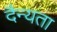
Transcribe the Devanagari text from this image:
दैन्यता